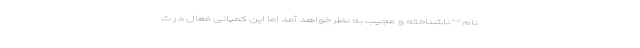
نام " " ناشناخته و عجیب به نظر خواهد آمد اما این کمپانی فعال در ت